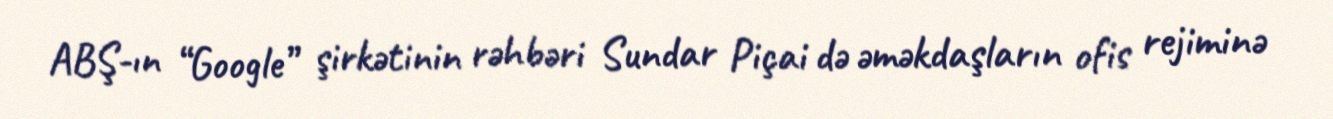
ABŞ-ın “Google” şirkətinin rəhbəri Sundar Piçai də əməkdaşların ofis rejiminə